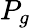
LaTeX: P_{g}